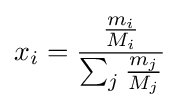
x_{i}={\frac {\frac {m_{i}}{M_{i}}}{\sum _{j}{\frac {m_{j}}{M_{j}}}}}